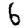
Digit: 6